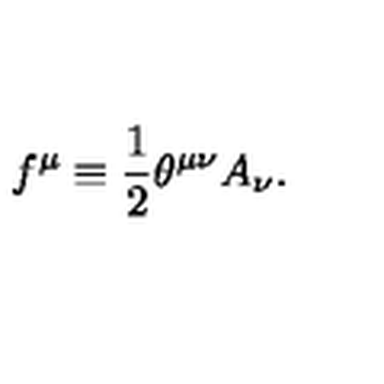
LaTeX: f ^ { \mu } \equiv { \frac { 1 } { 2 } } \theta ^ { \mu \nu } A _ { \nu } .